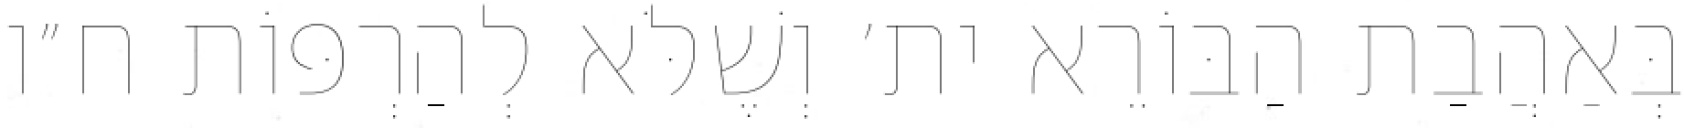
בְּאַהֲבַת הַבּוֹרֵא ית׳ וְשֶׁלֹּא לְהַרְפּוֹת ח״ו